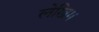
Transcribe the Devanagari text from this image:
लेखिम